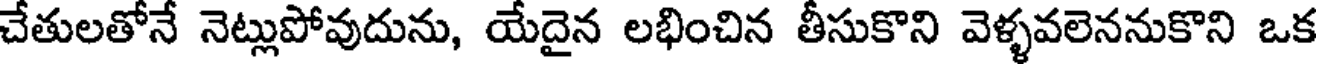
చేతులతోనే నెట్లుపోవుదును, యేదైన లభించిన తీసుకొని వెళ్ళవలెననుకొని ఒక